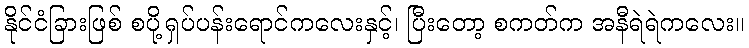
နိုင်ငံခြားဖြစ် စပို့ရှပ်ပန်းရောင်ကလေးနှင့်၊ ပြီးတော့ စကတ်က အနီရဲရဲကလေး။